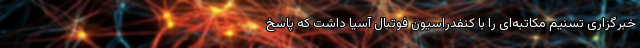
خبرگزاری تسنیم مکاتبه‌ای را با کنفدراسیون فوتبال آسیا داشت که پاسخ